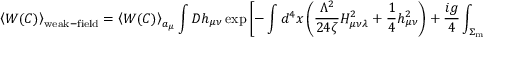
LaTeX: \left< W ( C ) \right> _ { \mathrm { w e a k - f i e l d } } = \left< W ( C ) \right> _ { a _ { \mu } } \int { \cal D } h _ { \mu \nu } \exp \left[ - \int d ^ { 4 } x \left( \frac { \Lambda ^ { 2 } } { 2 4 \zeta } H _ { \mu \nu \lambda } ^ { 2 } + \frac 1 4 h _ { \mu \nu } ^ { 2 } \right) + \frac { i g } { 4 } \int _ { \Sigma _ { \mathrm { m i n . } } } ^ { } d \sigma _ { \mu \nu } h _ { \mu \nu } \right] ,